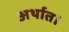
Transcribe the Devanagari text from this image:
अर्थात।